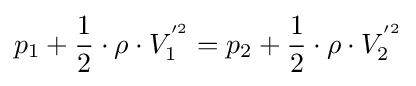
p_{1}+{\frac {1}{2}}\cdot \rho \cdot V_{1}^{'^{2}}=p_{2}+{\frac {1}{2}}\cdot \rho \cdot V_{2}^{'^{2}}